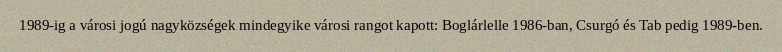
1989-ig a városi jogú nagyközségek mindegyike városi rangot kapott: Boglárlelle 1986-ban, Csurgó és Tab pedig 1989-ben.